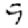
Digit: 9